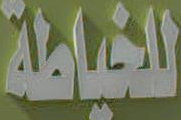
للخياطة